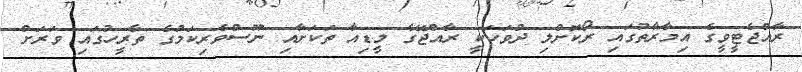
ރާއްޖެޓީވީގެ އިމާރާތުގައި ރޯކޮށްލި ދުވަހަކީ ރާއްޖޭގެ މީޑިއާ ތަކަށާއި ނޫސްވެރިކަމުގެ ތާރީހުގައި ވަރަށް